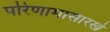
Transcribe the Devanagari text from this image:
परिणामासारखे